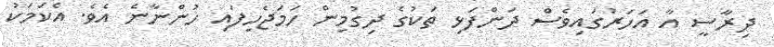
ދިރާސީ އާ އަހަރުގައިވެސް ދަންފަޅި ތަކުގެ ދިގުމިން ހަމަޖެހިފައި ހުންނާނެ އެވެ. އެކަމަކު